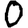
Digit: 0